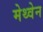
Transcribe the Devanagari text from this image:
मेथ्वेन